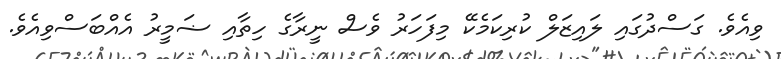
ވިއެވެ. ގަސްދުގައި ލައިޒަލް ކުރިކަމެކޭ މިފަހަރު ވެސް ނީރާގެ ހިތާއި ޟަމީރު އެއްބަސްވިއެވެ.